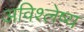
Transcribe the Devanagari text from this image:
अविश्लेष्य